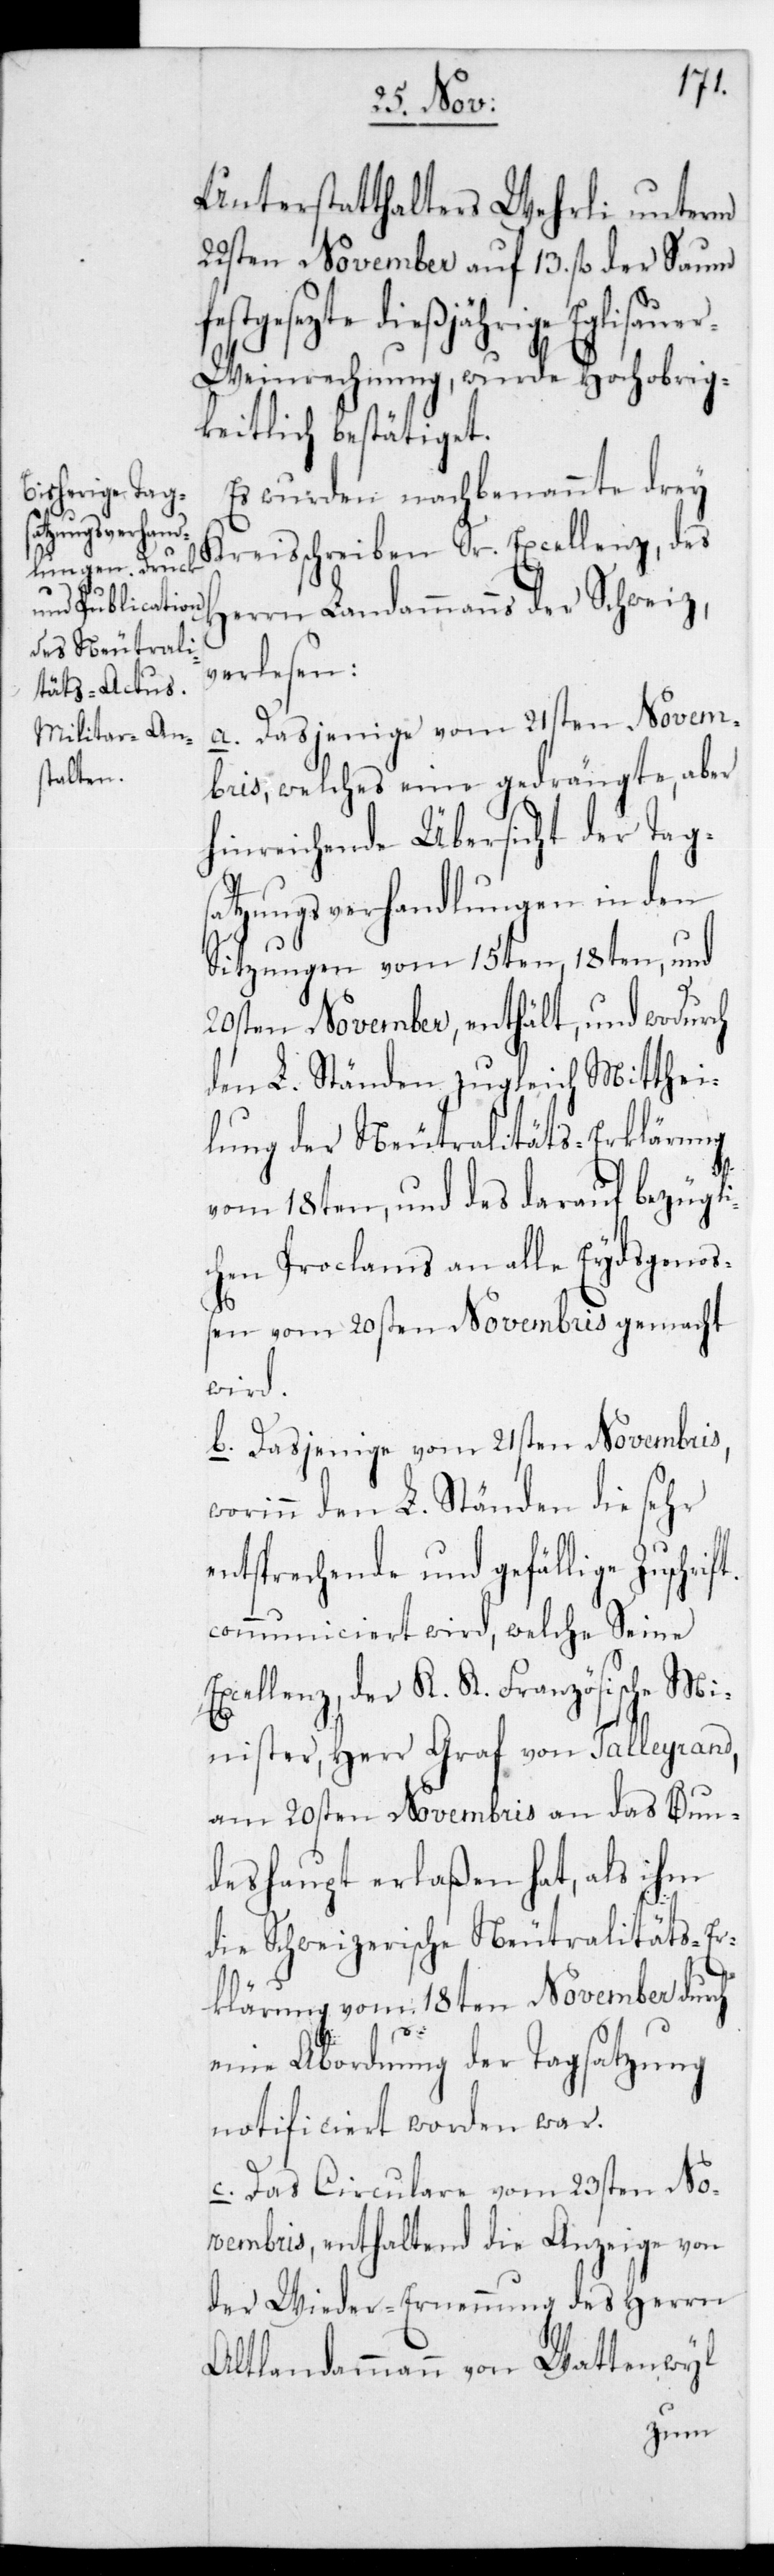
Unterstatthalters Wehrli unterm
22sten November auf 13. fl. der Saum
jährige Eglisaue¬
r-Weinrechnung, wurde Hochobrig¬
keitlich bestätiget.
Es wurden nachbenannte drey
Kreisschreiben Sr. Excellenz des
Herrn Landammanns der Schweiz
verlesen:
a. Dasjenige vom 21sten Novem¬
bris, welches eine gedrängte, aber
hinreichende Übersicht der Tags¬
atzungsverhandlungen in den
Sitzungen vom 15ten, 18ten und
20sten November enthält, und wodurch
den L. Ständen zugleich Mitthei¬
lung der Neutralitäts-Erklärung
vom 18ten und des darauf bezügli¬
chen Proclams an alle Eydsgenoß¬
en vom 20sten Novembris gemacht
wird.
b. Dasjenige vom 21sten Novembris,
worinn den L. Ständen die sehr
entsprechende und gefällige
communiciert wird, welche Seine
Excellenz der K. K. Französische Mi¬
nister, Herr Graf von Talleyrand,
am 20sten Novembris an das Bun¬
deshaupt erlaßen hat, als ihm
die Schweizerische Neutralitäts-Er¬
klärung vom 18ten November durch
eine Abordnung der Tagsatzung
notificiert worden war.
c. Das Circulare vom 23sten No¬
vembris, enthaltend die Anzeige von
der Wieder-Ernennung des Herrn
Altlandammann von Wattenwyl